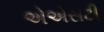
એએસટી